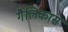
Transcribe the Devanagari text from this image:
गैलिकास